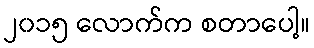
၂၀၁၅ လောက်က စတာပေါ့။